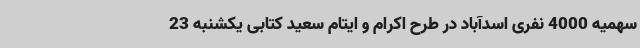
سهمیه 4000 نفری اسدآباد در طرح اکرام و ایتام سعید کتابی یکشنبه 23